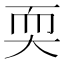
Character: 耎